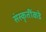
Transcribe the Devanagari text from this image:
संस्कृतींकडे